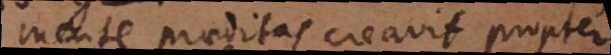
mente praeditas creavit propter